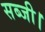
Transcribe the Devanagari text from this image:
सब्जी।